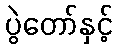
ပွဲတော်နှင့်